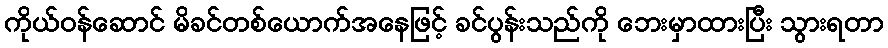
ကိုယ်ဝန်ဆောင် မိခင်တစ်ယောက်အနေဖြင့် ခင်ပွန်းသည်ကို ဘေးမှာထားပြီး သွားရတာ